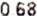
0.68